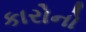
કારોનો